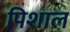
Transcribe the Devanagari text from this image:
पिशाल